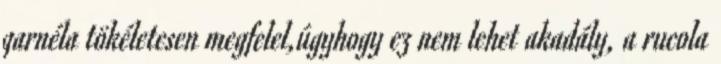
garnéla tökéletesen megfelel,úgyhogy ez nem lehet akadály, a rucola